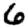
Digit: 6